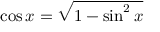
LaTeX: \cos x = { \sqrt { 1 - \sin ^ { 2 } x } }